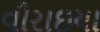
વીરાઇયા